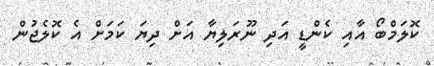
ކޮލަމްބޯ އާއި ކެންޑީ އަދި ނޫރަލިޔާ އަށް ދިޔަ ކަމަށް އެ ކޮލެޖުން